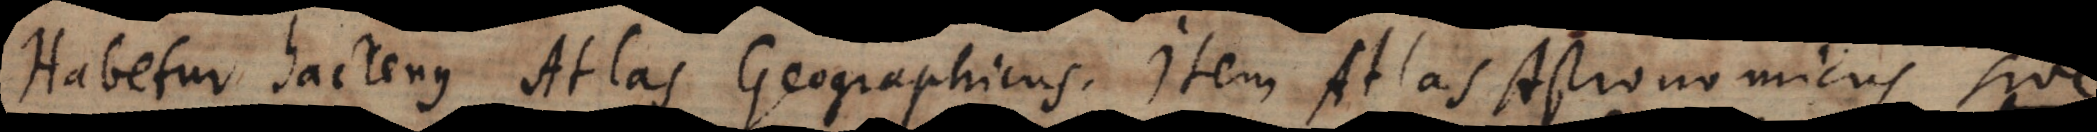
Habetur hactenus Atlas Geographicus. Item Atlas Astronomicus sive